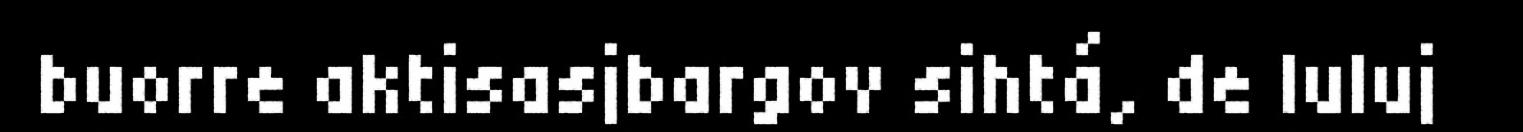
buorre aktisasjbargov sihtá, de luluj